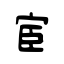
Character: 宦